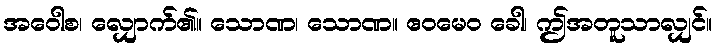
အဝေါစ၊ လျှောက်၏။ သောဏ၊ သောဏ။ ဧဝမေဝ ခေါ၊ ဤအတူသာလျှင်။